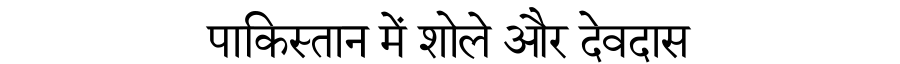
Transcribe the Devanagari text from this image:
पाकिस्तान में शोले और देवदास